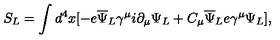
S _ { L } = \int d ^ { 4 } x [ - e { \overline { \Psi } } _ { L } \gamma ^ { \mu } i \partial _ { \mu } \Psi _ { L } + C _ { \mu } { \overline { \Psi } } _ { L } e \gamma ^ { \mu } \Psi _ { L } ] ,